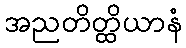
အညတိတ္ထိယာနံ